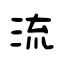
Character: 流